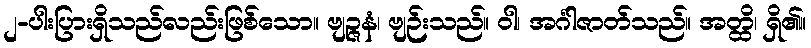
၂-ပါးပြားရှိသည်လည်းဖြစ်သော။ ဗျဉ္ဇနံ၊ ဗျဉ်းသည်။ ဝါ၊ အင်္ဂါဇာတ်သည်။ အတ္ထိ၊ ရှိ၏။